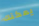
يمكنك